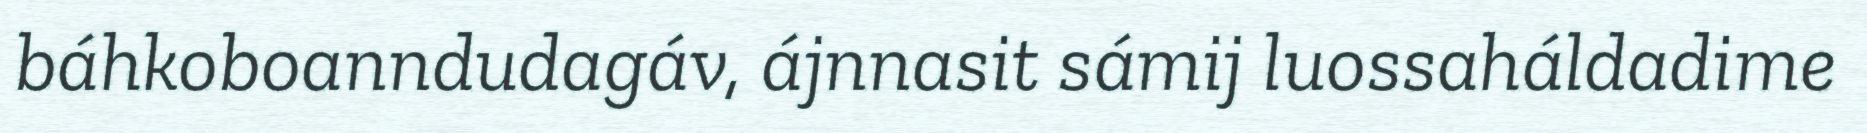
báhkoboanndudagáv, ájnnasit sámij luossaháldadime